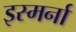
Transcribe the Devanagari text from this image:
इस्मर्ना